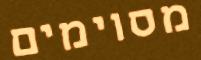
מסוימים